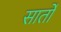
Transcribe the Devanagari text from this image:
सार्तों